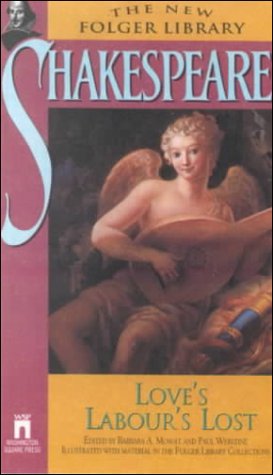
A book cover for Love's Labour Lost (New Folger Library Shakespeare); William Shakespeare; Literature & Fiction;